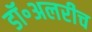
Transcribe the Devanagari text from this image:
डॉ॰अलरीच